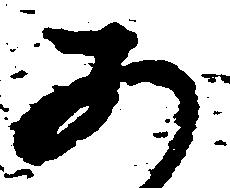
あ